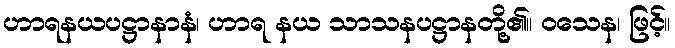
ဟာရနယပဋ္ဌာနာနံ၊ ဟာရ နယ သာသနပဋ္ဌာနတို့၏။ ဝသေန၊ ဖြင့်။